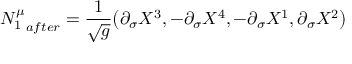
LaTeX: { N _ { 1 } ^ { \mu } } _ { a f t e r } = \frac 1 { \sqrt { g } } \big ( \partial _ { \sigma } X ^ { 3 } , - \partial _ { \sigma } X ^ { 4 } , - \partial _ { \sigma } X ^ { 1 } , \partial _ { \sigma } X ^ { 2 } \big )